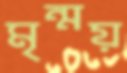
মৃন্ময়